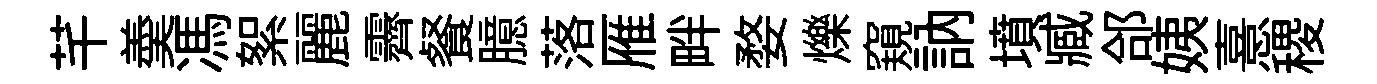
芊羮馮絮麗霽餐臆落雁畔婺爍窺訥墳臧郃姨憙稷